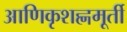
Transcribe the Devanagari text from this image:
आणिकृशह्णमूर्ती